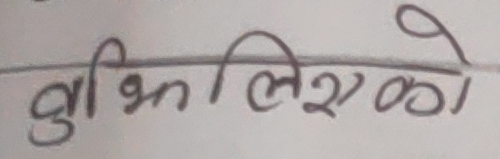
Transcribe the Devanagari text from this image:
बुझिएको